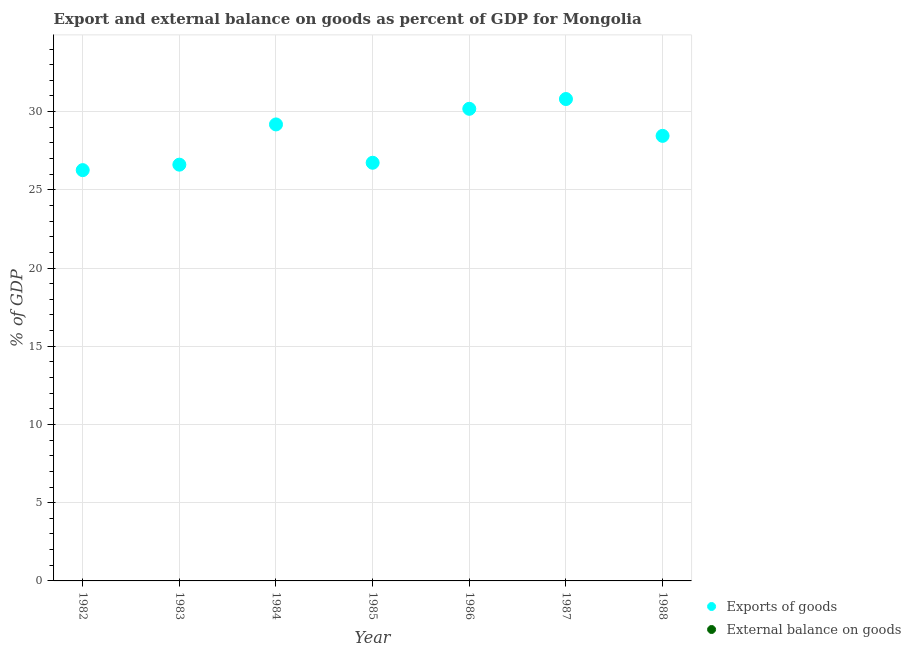
| Year | Exports of goods | External balance on goods |
 | --- | --- | --- |
 | 1982 | 26.3 | -38.2 |
 | 1983 | 26.6 | -35.8 |
 | 1984 | 29.2 | -35.9 |
 | 1985 | 26.7 | -41.5 |
 | 1986 | 30.2 | -51.2 |
 | 1987 | 30.8 | -41.5 |
 | 1988 | 28.4 | -37.6 |